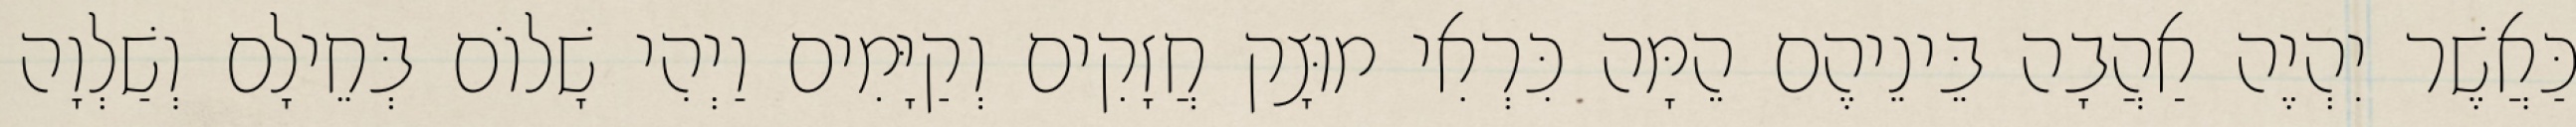
כַּאֲשֶׁר יִהְיֶה אַהֲבָה בֵּינֵיהֶם הֵמָּה כִּרְאִי מוּצָק חֲזָקִים וְקַיָּמִים וַיְהִי שָׁלוֹם בְּחֵילָם וְשַׁלְוָה